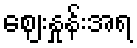
ဈေးနှုန်းအရ